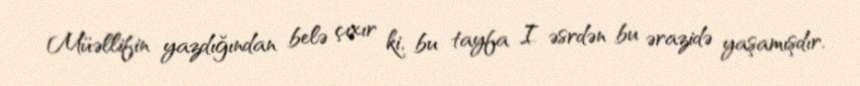
Müəllifin yazdığından belə çıxır ki, bu tayfa I əsrdən bu ərazidə yaşamışdır.